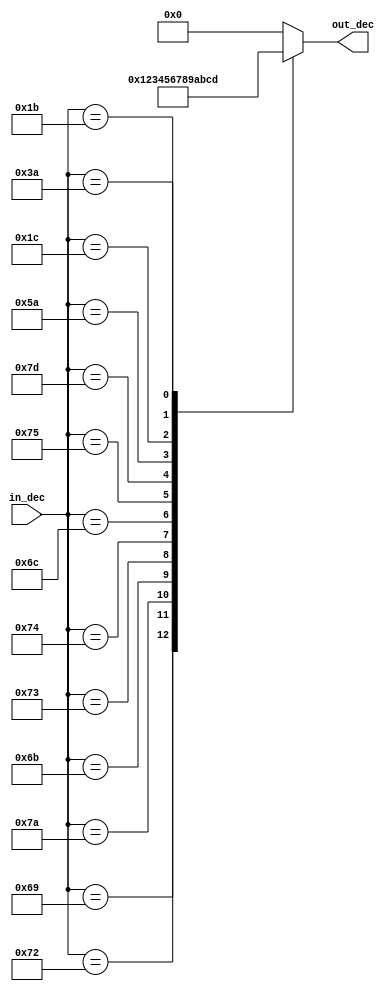
`timescale 1ns / 1ps
//////////////////////////////////////////////////////////////////////////////////
// Company: 
// Engineer: 
// 
// Design Name: 
// Module Name: bcd_dec
// Project Name: 
// Target Devices: 
// Tool Versions: 
// Description: 
// 
// Dependencies: 
// 
// Revision:
// Revision 0.01 - File Created
// Additional Comments:
// 
//////////////////////////////////////////////////////////////////////////////////
`define digit_0 4'b0000
`define digit_1 4'b0001
`define digit_2 4'b0010
`define digit_3 4'b0011
`define digit_4 4'b0100
`define digit_5 4'b0101
`define digit_6 4'b0110
`define digit_7 4'b0111
`define digit_8 4'b1000
`define digit_9 4'b1001
`define Enter 4'b1010
`define A 4'b1011
`define S 4'b1100
`define M 4'b1101

module bcd_dec(in_dec, out_dec);
input [8:0] in_dec;
output [3:0] out_dec;
reg [3:0] out_dec;

always @*
begin
    out_dec = 0;
    case(in_dec)
        9'h070: out_dec = `digit_0;
        9'h069: out_dec = `digit_1; 
        9'h072: out_dec = `digit_2; 
        9'h07A: out_dec = `digit_3; 
        9'h06B: out_dec = `digit_4; 
        9'h073: out_dec = `digit_5; 
        9'h074: out_dec = `digit_6; 
        9'h06C: out_dec = `digit_7; 
        9'h075: out_dec = `digit_8; 
        9'h07D: out_dec = `digit_9; 
        9'h05A: out_dec = `Enter;
        9'h01C: out_dec = `A; 
        9'h01B: out_dec = `S; 
        9'h03A: out_dec = `M; 
    endcase
end 
  
endmodule